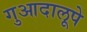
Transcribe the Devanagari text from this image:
गुआदालूपे